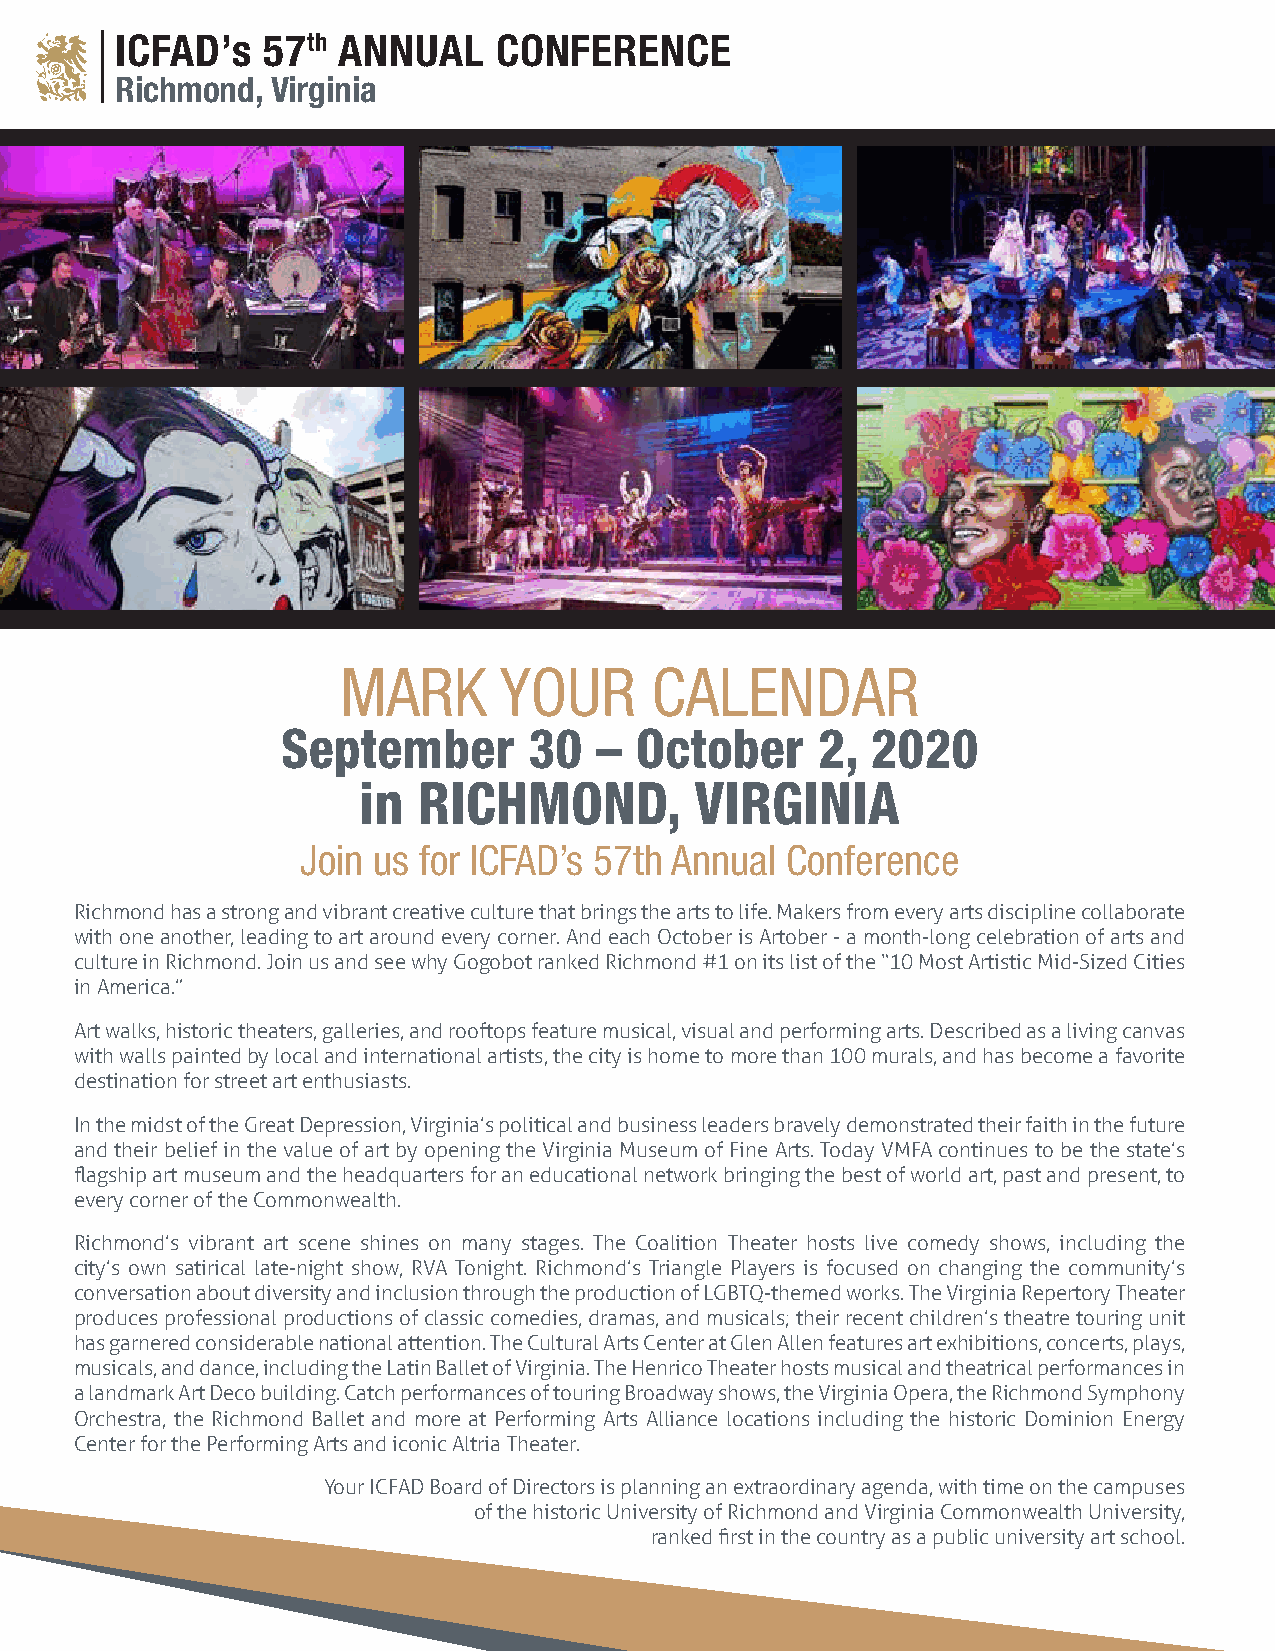
ICFAD’s  57th ANNUAL     CONFERENCE
 Richmond, Virginia
 MARK      YOUR      CALENDAR
 September       30  –  October     2,  2020
 in  RICHMOND,         VIRGINIA
 Join us for ICFAD’s 57th Annual Conference
 Richmond has a strong and vibrant creative culture that brings the arts to life. Makers from every arts discipline collaborate
 with one another, leading to art around every corner. And each October is Artober - a month-long celebration of arts and
 culture in Richmond. Join us and see why Gogobot ranked Richmond #1 on its list of the “10 Most Artistic Mid-Sized Cities
 in America.”
 Art walks, historic theaters, galleries, and rooftops feature musical, visual and performing arts. Described as a living canvas
 with walls painted by local and international artists, the city is home to more than 100 murals, and has become a favorite
 destination for street art enthusiasts.
 In the midst of the Great Depression, Virginia’s political and business leaders bravely demonstrated their faith in the future
 and their belief in the value of art by opening the Virginia Museum of Fine Arts. Today VMFA continues to be the state’s
 flagship art museum and the headquarters for an educational network bringing the best of world art, past and present, to
 every corner of the Commonwealth.
 Richmond’s vibrant art scene shines on many stages. The Coalition Theater hosts live comedy shows, including the
 city’s own satirical late-night show, RVA Tonight. Richmond’s Triangle Players is focused on changing the community’s
 conversation about diversity and inclusion through the production of LGBTQ-themed works. The Virginia Repertory Theater
 produces professional productions of classic comedies, dramas, and musicals; their recent children’s theatre touring unit
 has garnered considerable national attention. The Cultural Arts Center at Glen Allen features art exhibitions, concerts, plays,
 musicals, and dance, including the Latin Ballet of Virginia. The Henrico Theater hosts musical and theatrical performances in
 a landmark Art Deco building. Catch performances of touring Broadway shows, the Virginia Opera, the Richmond Symphony
 Orchestra, the Richmond Ballet and more at Performing Arts Alliance locations including the historic Dominion Energy
 Center for the Performing Arts and iconic Altria Theater.
 Your ICFAD Board of Directors is planning an extraordinary agenda, with time on the campuses
 of the historic University of Richmond and Virginia Commonwealth University,
 ranked first in the country as a public university art school.